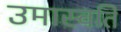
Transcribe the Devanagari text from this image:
उमास्वति